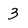
Character: 3